Leaving Certificate Examination (including Day School Certificate (Higher) General paper), 1939
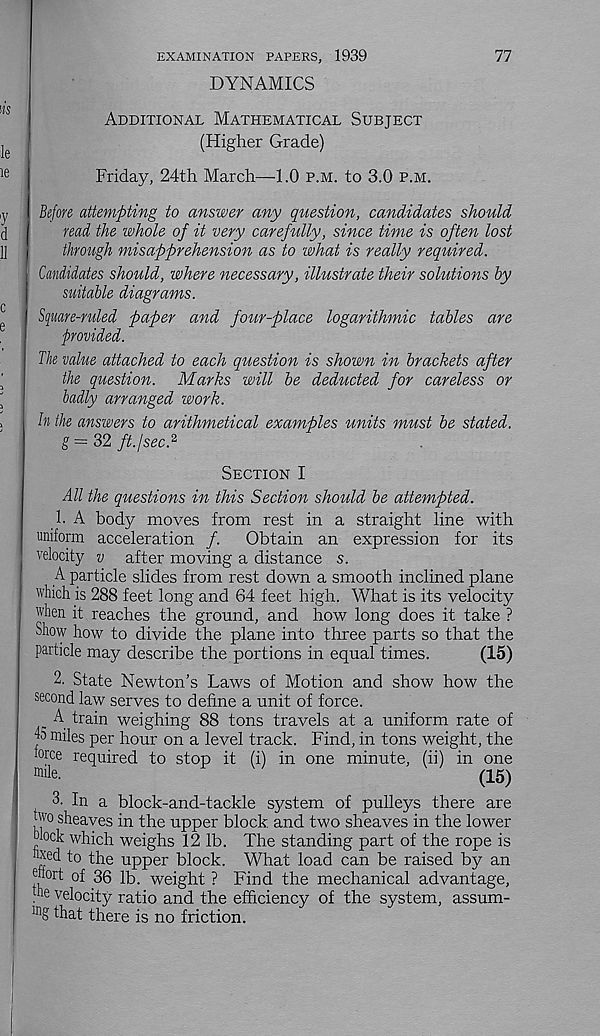
EXAMINATION PAPERS, 1939
DYNAMICS
77
Additional Mathematical Subject
(Higher Grade)
Friday, 24th March—1.0 p.m. to 3.0 p.m.
Before attempting to answer any question, candidates should
read the whole of it very carefully, since time is often lost
through misapprehension as to what is really required.
Candidates should, where necessary, illustrate their solutions by
suitable diagrams.
Square-ruled paper and fair-place logarithmic tables are
provided.
The value attached to each question is shown in brackets after
the question. Marks will be deducted for careless or
badly arranged work.
In the answers to arithmetical examples units must be stated.
g = 32 ft.lsec?
Section I
All the questions in this Section should be attempted.
1. A body moves from rest in a straight line with
uniform acceleration /.
Obtain an expression for its
velocity v after moving a distance s.
A particle slides from rest down a smooth inclined plane
which is 288 feet long and 64 feet high. What is its velocity
when it reaches the ground, and how long does it take ?
Show how to divide the plane into three parts so that the
particle may describe the portions in equal times.
(15)
2. State Newton’s Laws of Motion and show how the
second law serves to define a unit of force.
_ A train weighing 88 tons travels at a uniform rate of
45 miles per hour on a level track. Find, in tons weight, the
lorce required to stop it (i) in one minute, (ii) in one
mile.
P
U
(15)
3. In a block-and-tackle system of pulleys there are
two sheaves in the upper block and two sheaves in the lower
dock which weighs 12 lb. The standing part of the rope is
uxed to the upper block. What load can be raised by an
etiort of 36 lb. weight ? Find the mechanical advantage,
. e velocity ratio and the efficiency of the system, assum-
that there is no friction.